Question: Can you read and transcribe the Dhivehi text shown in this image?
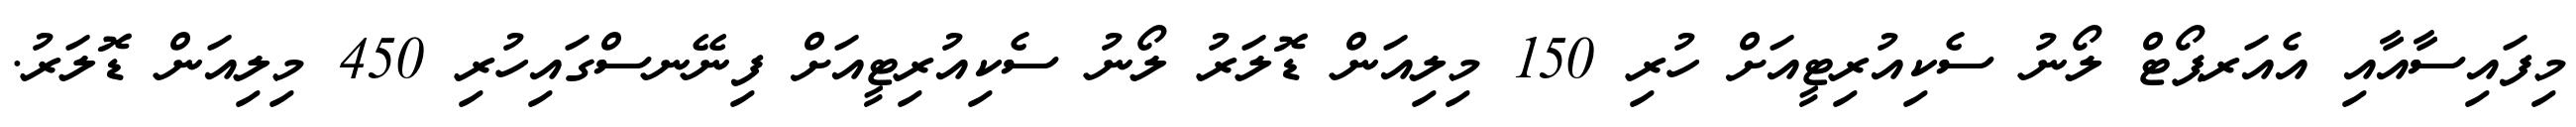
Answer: މިފައިސާއާއި އެއަރޕޯޓް ލޯނު ސެކިއުރިޓީއަށް ހުރި 150 މިލިއަން ޑޮލަރު ލޯނު ސެކިއުރިޓީއަށް ފިނޭނސްގައިހުރި 450 މިލިއަން ޑޮލަރު.